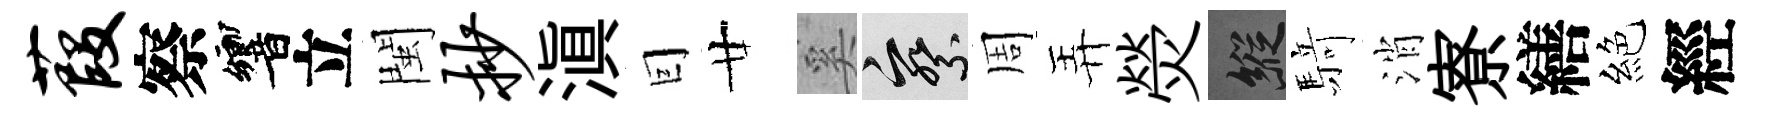
葭察響立閩抄滇囙廿奚察周弄熒縱𮪍消寮繕絕經